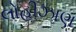
લોહીઝાણ